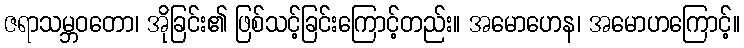
ဇရာသမ္ဘဝတော၊ အိုခြင်း၏ ဖြစ်သင့်ခြင်းကြောင့်တည်း။ အမောဟေန၊ အမောဟကြောင့်။